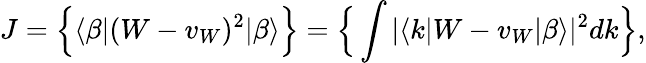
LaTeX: J=\Big\{ \langle\beta|(W-v_{W})^{2}|\beta\rangle\Big\} =\Big\{ \int|\langle k|W-v_{W}|\beta\rangle|^{2}dk\Big\} ,